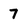
Character: 7